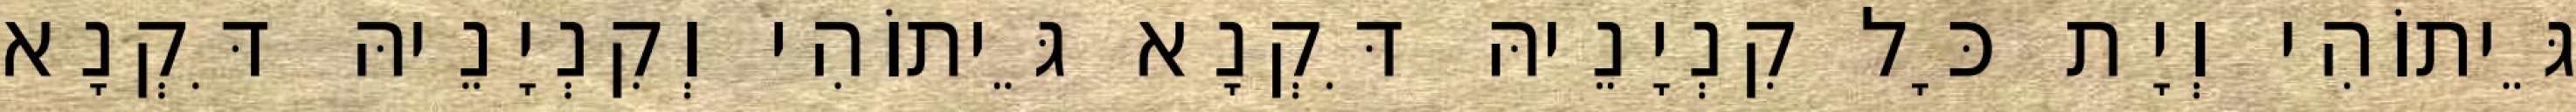
גֵּיתוֹהִי וְיָת כָּל קִנְיָנֵיהּ דִּקְנָא גֵּיתוֹהִי וְקִנְיָנֵיהּ דִּקְנָא